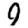
Digit: 9